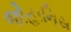
જોહાનિસ